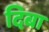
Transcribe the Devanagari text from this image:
दिबा